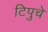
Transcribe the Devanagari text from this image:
टिपुचे